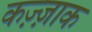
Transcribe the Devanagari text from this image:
कज़्ज़ाक